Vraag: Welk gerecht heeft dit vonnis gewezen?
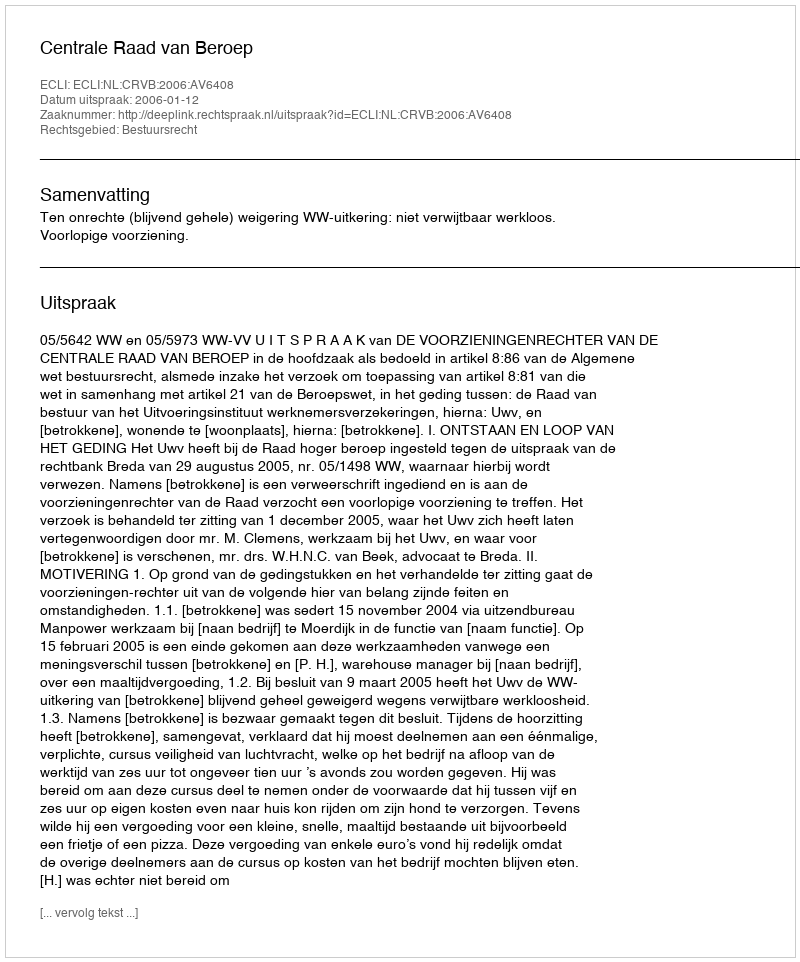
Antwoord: Centrale Raad van Beroep